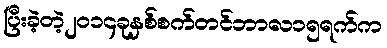
ပြီးခဲ့တဲ့၂၀၁၄ခုနှစ်စက်တင်ဘာလ၁၅ရက်က